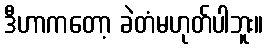
ဒီဟာကတော့ ခဲတံမဟုတ်ပါဘူး။